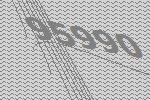
95990